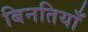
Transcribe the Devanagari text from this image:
बिनतियाँ